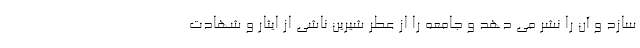
سازد و آن را نشر می دهد و جامعه را از عطر شیرین ناشی از ایثار و شهادت